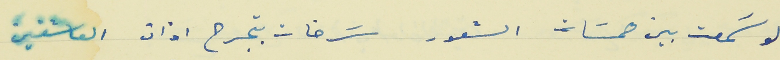
لو سَمعت بين همسَات الشعور                           سَرخات بتجرح اذان العاشقين